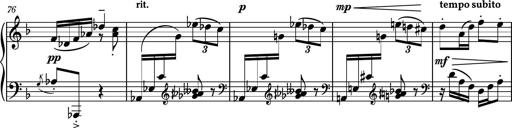
Title: Piano Sonatina No.1
Composer: Dimitri Sykias
Key: D minor